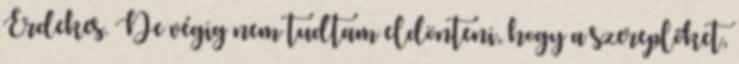
Érdekes. De végig nem tudtam eldönteni, hogy a szereplőket,